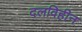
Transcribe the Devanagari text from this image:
दलविहीन